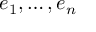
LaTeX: e _ { 1 } , \ldots , e _ { n }